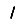
Digit: 1